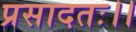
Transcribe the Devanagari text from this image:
प्रसादतः।।